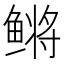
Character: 鳉